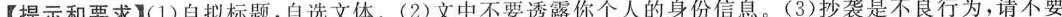
【提示和要求】(1)自拟标题，自选文体。(2)文中不要透露你个人的身份信息。(3)抄袭是不良行为，请不要